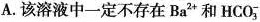
A.该溶液中一定不存在Ba^{2+}和HCO_{3}^{-}